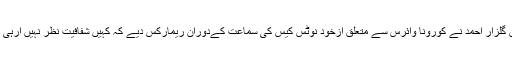
تفصیلات کے مطابق چیف جسٹس آف پاکستان جسٹس گلزار احمد نے کورونا وائرس سے متعلق ازخود نوٹس کیس کی سماعت کےدوران ریمارکس دیے کہ کہیں شفافیت نظر نہیں آرہی اور سارے کام لگتا ہے کاغذوں میں ہی ہو رہے ہیں۔